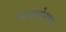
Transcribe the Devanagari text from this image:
सन्यत्सेनच्या